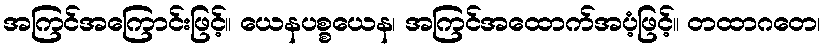
အကြင်အကြောင်းဖြင့်။ ယေနပစ္စယေန၊ အကြင်အထောက်အပံ့ဖြင့်။ တထာဂတေ၊